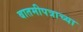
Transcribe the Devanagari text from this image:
बातमीपत्राच्या